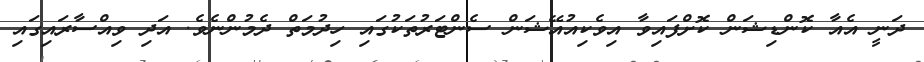
ދަނީ އެއާ ކޮންޑިޝަން ކޮށްފައިވާ އިވެކިއުއޭޝަން ސެންޓަރުތަކުގައި ހިދުމަތް ދެމުންނެވެ. އަދި ވިއްސާރައިގައި